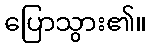
ပြောသွား၏။